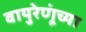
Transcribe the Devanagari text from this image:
वायुरेणूंच्या